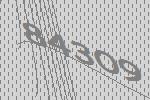
84309